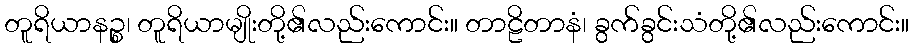
တူရိယာနဉ္စ၊ တူရိယာမျိုးတို့၏လည်းကောင်း။ တာဠိတာနံ၊ ခွက်ခွင်းသံတို့၏လည်းကောင်း။